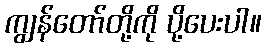
ကျွန်တော်တို့ကို ပို့ပေးပါ။